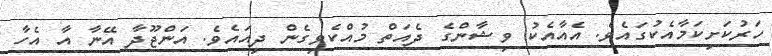
ހަރުކަށިކަމާއެކުގައެވެ. އެއާއެކު ވިޝާންގެ ދެއަތް މުއްކެވިގެން ދިއައެވެ. އަންޖޫދާ އޭނާ އާ އެހާ